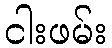
ငါးဖမ်း